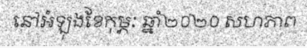
នៅអំឡុងខែកុម្ភៈ ឆ្នាំ២០២០ សហភាព